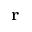
\bf { r }